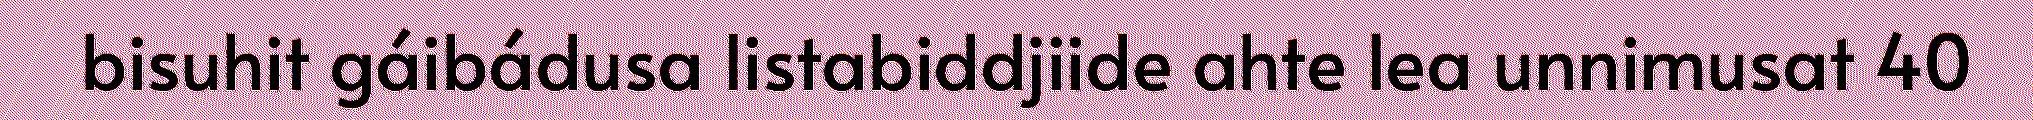
bisuhit gáibádusa listabiddjiide ahte lea unnimusat 40